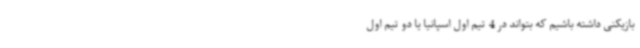
بازیکنی داشته باشیم که بتواند در 4 تیم اول اسپانیا یا دو تیم اول